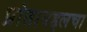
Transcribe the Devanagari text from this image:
प्रांताबद्दलचा